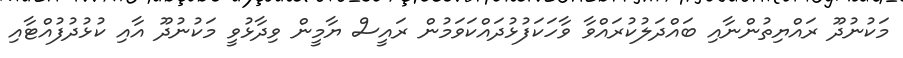
މަކުނުދޫ ރައްޔިތުންނާއި ބައްދަލުކުރައްވާ ވާހަކަފުޅުދައްކަވަމުން ރައީސް ޔާމީން ވިދާޅުވީ މަކުނުދޫ އާއި ކުޅުދުފުއްޓާއި